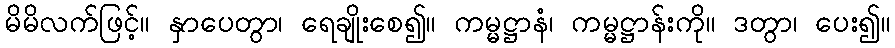
မိမိလက်ဖြင့်။ နှာပေတွာ၊ ရေချိုးစေ၍။ ကမ္မဋ္ဌာနံ၊ ကမ္မဋ္ဌာန်းကို။ ဒတွာ၊ ပေး၍။